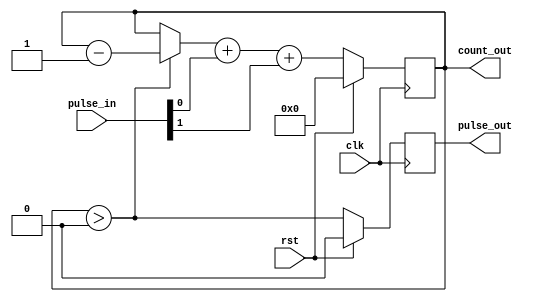
/*

Copyright (c) 2018 Alex Forencich

Permission is hereby granted, free of charge, to any person obtaining a copy
of this software and associated documentation files (the "Software"), to deal
in the Software without restriction, including without limitation the rights
to use, copy, modify, merge, publish, distribute, sublicense, and/or sell
copies of the Software, and to permit persons to whom the Software is
furnished to do so, subject to the following conditions:

The above copyright notice and this permission notice shall be included in
all copies or substantial portions of the Software.

THE SOFTWARE IS PROVIDED "AS IS", WITHOUT WARRANTY OF ANY KIND, EXPRESS OR
IMPLIED, INCLUDING BUT NOT LIMITED TO THE WARRANTIES OF MERCHANTABILITY
FITNESS FOR A PARTICULAR PURPOSE AND NONINFRINGEMENT. IN NO EVENT SHALL THE
AUTHORS OR COPYRIGHT HOLDERS BE LIABLE FOR ANY CLAIM, DAMAGES OR OTHER
LIABILITY, WHETHER IN AN ACTION OF CONTRACT, TORT OR OTHERWISE, ARISING FROM,
OUT OF OR IN CONNECTION WITH THE SOFTWARE OR THE USE OR OTHER DEALINGS IN
THE SOFTWARE.

*/

// Language: Verilog 2001

`timescale 1ns / 1ps

/*
 * Pulse merge module
 */
module pulse_merge #
(
    parameter INPUT_WIDTH = 2,
    parameter COUNT_WIDTH = 4
)
(
    input  wire                   clk,
    input  wire                   rst,

    input  wire [INPUT_WIDTH-1:0] pulse_in,
    output wire [COUNT_WIDTH-1:0] count_out,
    output wire                   pulse_out
);

reg [COUNT_WIDTH-1:0] count_reg = {COUNT_WIDTH{1'b0}}, count_next;
reg pulse_reg = 1'b0, pulse_next;

assign count_out = count_reg;
assign pulse_out = pulse_reg;

integer i;

always @* begin
    count_next = count_reg;
    pulse_next = count_reg > 0;

    if (count_reg > 0) begin
        count_next = count_reg - 1;
    end

    for (i = 0; i < INPUT_WIDTH; i = i + 1) begin
        count_next = count_next + pulse_in[i];
    end
end

always @(posedge clk) begin
    if (rst) begin
        count_reg <= {COUNT_WIDTH{1'b0}};
        pulse_reg <= 1'b0;
    end else begin
        count_reg <= count_next;
        pulse_reg <= pulse_next;
    end
end

endmodule